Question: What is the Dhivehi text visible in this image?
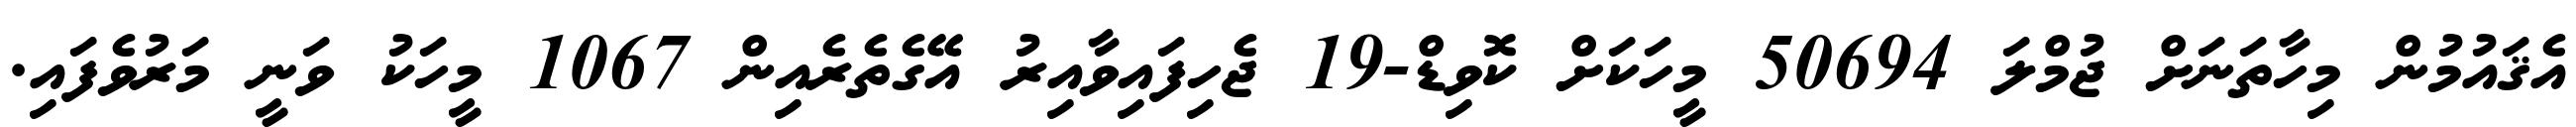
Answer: އެޤައުމުން މިހާތަނަށް ޖުމްލަ 50694 މީހަކަށް ކޮވިޑް-19 ޖެހިފައިވާއިރު އޭގެތެރެއިން 1067 މީހަކު ވަނީ މަރުވެފައި.